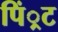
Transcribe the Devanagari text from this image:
पिं्रट